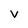
Character: V